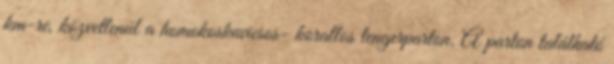
km-re, közvetlenül a homokoskavicsos- korallos tengerparton. A parton található